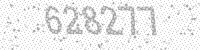
Solution: 628277